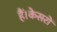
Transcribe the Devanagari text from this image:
हैं।केसरों